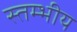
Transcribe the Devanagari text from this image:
स्तम्भीय